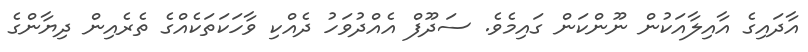
އާދައިގެ އާއިލާއަކުން ނޫންކަން ގައިމެވެ. ސަދޫފް އެއްދުވަހު ދެއްކި ވާހަކަތަކެއްގެ ތެރެއިން ދިޔާންގެ